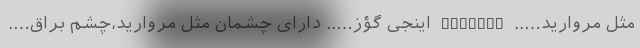
مثل مروارید….. INCIQIZ اینجی گؤز….. دارای چشمان مثل مروارید،چشم براق….